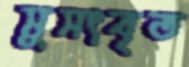
সুসংবৃত